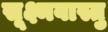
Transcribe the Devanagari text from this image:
सूक्ष्मवास्तु